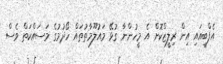
އެފްބީއައި އިން ރިލީޒްކޮށް އެ މީހުންނާ ގުޅޭ މައުލޫމާތުތައް ހޯދުމުގެ މަސައްކަތް ވެސް